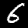
Label: 6